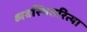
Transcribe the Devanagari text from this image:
व्यवस्थितरित्या